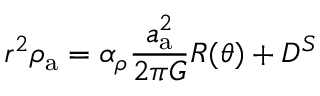
r ^ { 2 } \rho _ { \mathrm { a } } = \alpha _ { \rho } \frac { a _ { \mathrm { a } } ^ { 2 } } { 2 \pi G } R ( \theta ) + D ^ { S }